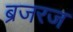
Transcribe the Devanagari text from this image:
ब्रजरज